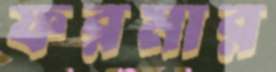
ফরমার